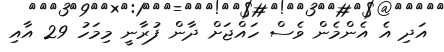
އަދި އެ އެންމެން ވެސް ހައްޖަށް ދާން ފުރާނީ މިމަހު 29 އާއި